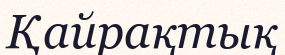
Қайрақтық